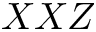
X X Z